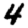
Digit: 4